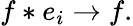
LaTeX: f*e_{i}\to f.